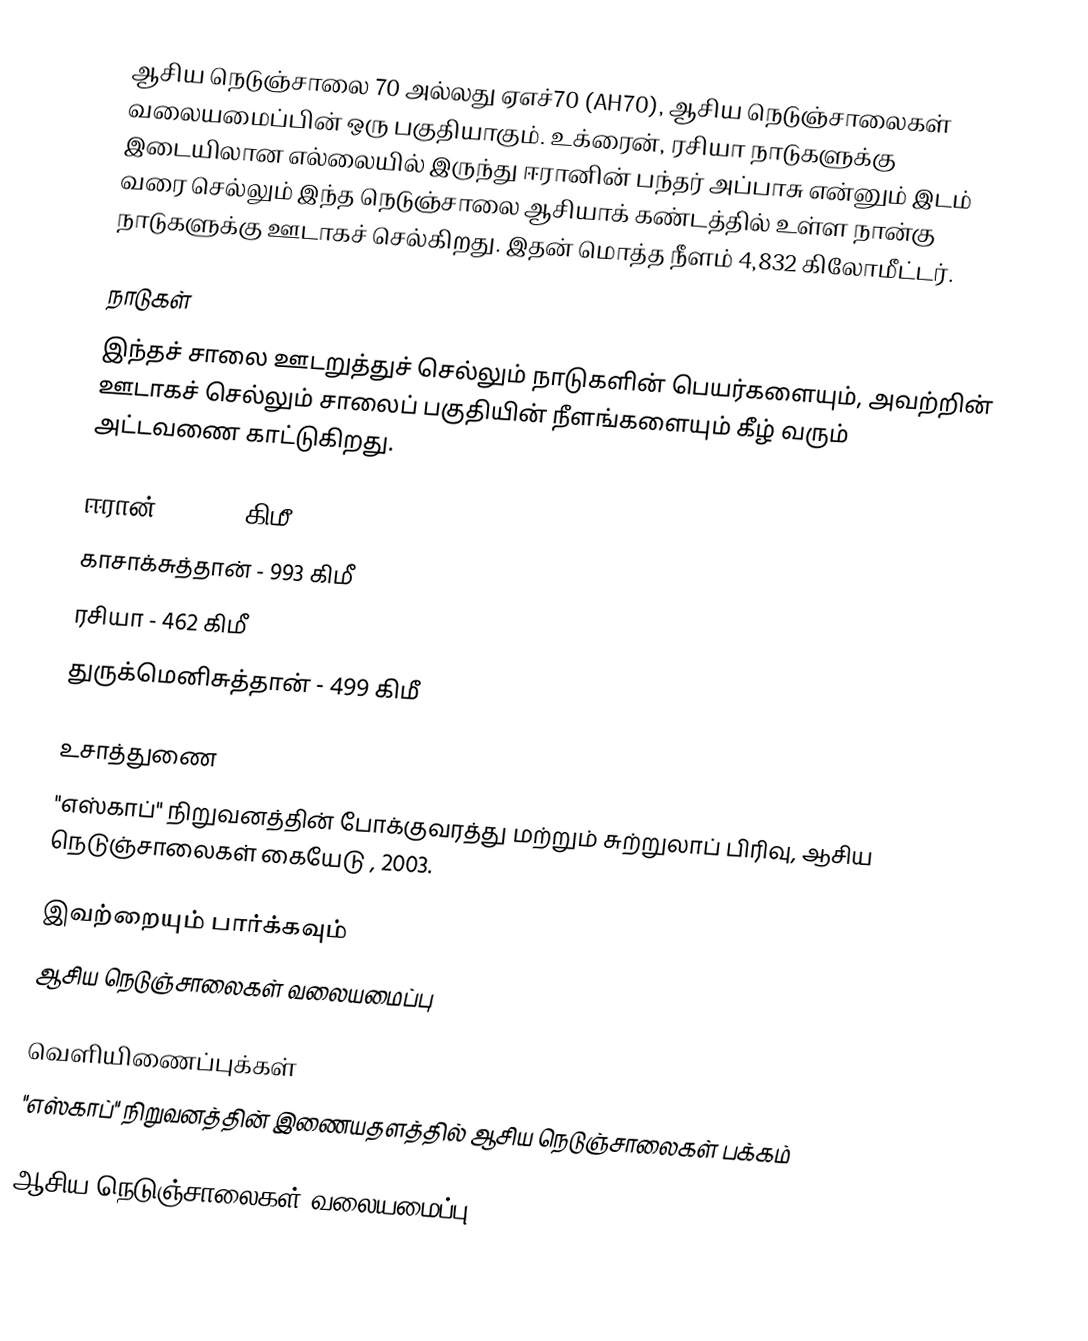
ஆசிய நெடுஞ்சாலை 70 அல்லது ஏஎச்70 (AH70), ஆசிய நெடுஞ்சாலைகள் வலையமைப்பின் ஒரு பகுதியாகும். உக்ரைன், ரசியா நாடுகளுக்கு இடையிலான எல்லையில் இருந்து ஈரானின் பந்தர் அப்பாசு என்னும் இடம் வரை செல்லும் இந்த நெடுஞ்சாலை ஆசியாக் கண்டத்தில் உள்ள நான்கு நாடுகளுக்கு ஊடாகச் செல்கிறது. இதன் மொத்த நீளம் 4,832 கிலோமீட்டர்.

நாடுகள்
இந்தச் சாலை ஊடறுத்துச் செல்லும் நாடுகளின் பெயர்களையும், அவற்றின் ஊடாகச் செல்லும் சாலைப் பகுதியின் நீளங்களையும் கீழ் வரும் அட்டவணை காட்டுகிறது.

 ஈரான் - 1,390 கிமீ
 காசாக்சுத்தான் - 993 கிமீ
 ரசியா - 462 கிமீ
 துருக்மெனிசுத்தான் - 499 கிமீ

உசாத்துணை
 "எஸ்காப்" நிறுவனத்தின் போக்குவரத்து மற்றும் சுற்றுலாப் பிரிவு, ஆசிய நெடுஞ்சாலைகள் கையேடு , 2003.

இவற்றையும் பார்க்கவும்
 ஆசிய நெடுஞ்சாலைகள் வலையமைப்பு

வெளியிணைப்புக்கள்
 "எஸ்காப்" நிறுவனத்தின் இணையதளத்தில் ஆசிய நெடுஞ்சாலைகள் பக்கம்

 ஆசிய நெடுஞ்சாலைகள் வலையமைப்பு